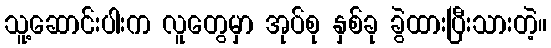
သူ့ဆောင်းပါးက လူတွေမှာ အုပ်စု နှစ်ခု ခွဲထားပြီးသားတဲ့။